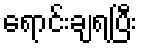
ရောင်းချရပြီး